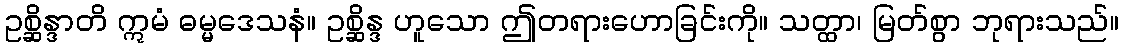
ဥစ္ဆိန္ဒာတိ ဣမံ ဓမ္မဒေသနံ။ ဥစ္ဆိန္ဒ ဟူသော ဤတရားဟောခြင်းကို။ သတ္ထာ၊ မြတ်စွာ ဘုရားသည်။